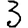
Digit: 3